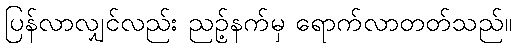
ပြန်လာလျှင်လည်း ညဉ့်နက်မှ ရောက်လာတတ်သည်။